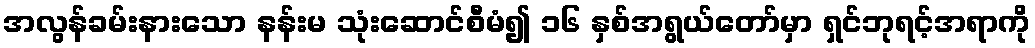
အလွန်ခမ်းနားသော နန်းမ သုံးဆောင်စီမံ၍ ၁၆ နှစ်အရွယ်တော်မှာ ရှင်ဘုရင့်အရာကို